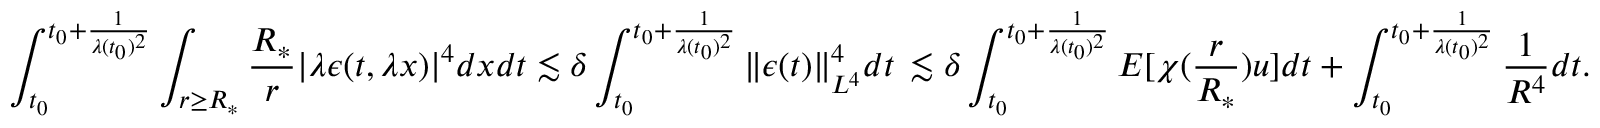
\aligned \int _ { t _ { 0 } } ^ { t _ { 0 } + \frac { 1 } { \lambda ( t _ { 0 } ) ^ { 2 } } } \int _ { r \geq R _ { \ast } } \frac { R _ { \ast } } { r } | \lambda \epsilon ( t , \lambda x ) | ^ { 4 } d x d t \lesssim \delta \int _ { t _ { 0 } } ^ { t _ { 0 } + \frac { 1 } { \lambda ( t _ { 0 } ) ^ { 2 } } } \| \epsilon ( t ) \| _ { L ^ { 4 } } ^ { 4 } d t \, \lesssim \delta \int _ { t _ { 0 } } ^ { t _ { 0 } + \frac { 1 } { \lambda ( t _ { 0 } ) ^ { 2 } } } E [ \chi ( \frac { r } { R _ { \ast } } ) u ] d t + \int _ { t _ { 0 } } ^ { t _ { 0 } + \frac { 1 } { \lambda ( t _ { 0 } ) ^ { 2 } } } \frac { 1 } { R ^ { 4 } } d t . \endaligned